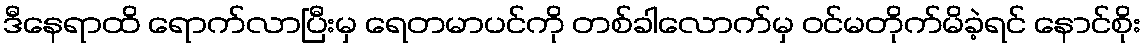
ဒီနေရာထိ ရောက်လာပြီးမှ ရေတမာပင်ကို တစ်ခါလောက်မှ ဝင်မတိုက်မိခဲ့ရင် နောင်စိုး